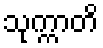
သုက္ကာတိ